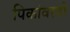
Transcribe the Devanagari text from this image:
पिकांवरती